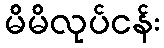
မိမိလုပ်ငန်း